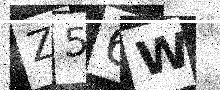
Text: Z56W